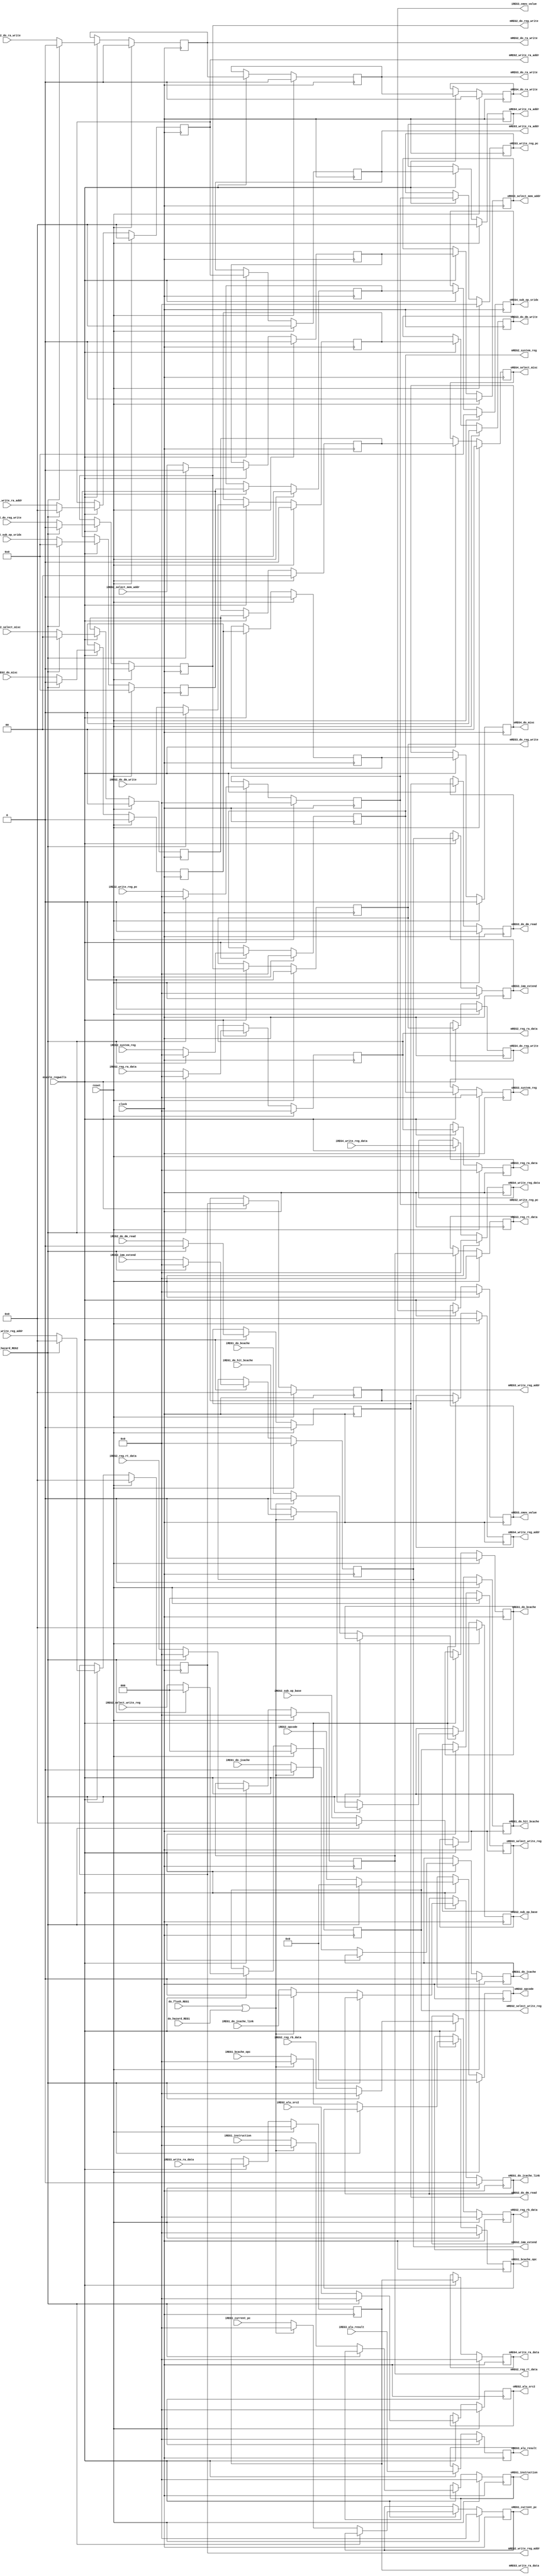
module regwalls(
	clock,
	reset,
	enable_regwalls,
	iREG1_instruction,
	oREG1_instruction,
	iREG1_current_pc,
	oREG1_current_pc,
	iREG1_do_jcache_link,
	oREG1_do_jcache_link,
	iREG1_do_jcache,
	oREG1_do_jcache,
	iREG1_bcache_opc,
	oREG1_bcache_opc,
	iREG1_do_hit_bcache,
	oREG1_do_hit_bcache,
	iREG1_do_bcache,
	oREG1_do_bcache,

	iREG2_reg_ra_data,
	mREG2_reg_ra_data,
	oREG3_reg_ra_data,
	iREG2_reg_rb_data,
	oREG2_reg_rb_data,
	iREG2_reg_rt_data,
	mREG2_reg_rt_data,
	oREG3_reg_rt_data,
	iREG2_system_reg,
	mREG2_system_reg,
	oREG3_system_reg,

	iREG2_write_reg_addr,
	mREG2_write_reg_addr,
	mREG3_write_reg_addr,
	oREG4_write_reg_addr,
	iREG2_write_ra_addr,
	mREG2_write_ra_addr,
	mREG3_write_ra_addr,
	oREG4_write_ra_addr,

	iREG2_opcode,
	iREG2_sub_op_base,
	oREG2_opcode,
	oREG2_sub_op_base,
	iREG2_sub_op_sridx,
	oREG4_sub_op_sridx,

	iREG2_select_mem_addr,
	oREG3_select_mem_addr,
	iREG2_select_write_reg,
	mREG2_select_write_reg,
	oREG3_select_write_reg,
	iREG2_select_misc,
	oREG4_select_misc,

	iREG2_do_misc,
	oREG4_do_misc,
	iREG2_do_dm_read,
	iREG2_do_dm_write,
	iREG2_do_reg_write,
	iREG2_do_ra_write,
	mREG2_do_dm_read,
	mREG2_do_reg_write,
	mREG3_do_reg_write,
	mREG2_do_ra_write,
	mREG3_do_ra_write,
	oREG3_do_dm_read,
	oREG3_do_dm_write,
	oREG4_do_reg_write,
	oREG4_do_ra_write,

	iREG2_alu_src2,
	oREG2_alu_src2,
	iREG2_imm_extend,
	mREG2_imm_extend,
	oREG3_imm_extend,

	iREG3_alu_result,
	oREG3_alu_result,

	iREG3_cmov_value,
	oREG3_cmov_value,
	iREG4_write_reg_data,
	oREG4_write_reg_data,
	iREG3_write_ra_data,
	mREG3_write_ra_data,
	oREG4_write_ra_data,

	iREG2_write_reg_pc,
	mREG2_write_reg_pc,
	oREG3_write_reg_pc,

	do_flush_REG1,
	do_hazard_REG1,
	do_hazard_REG2
);
	input  clock;
	input  reset;
	input  enable_regwalls;

	input  [31:0] iREG1_instruction;
	output [31:0] oREG1_instruction;
	reg    [31:0] oREG1_instruction;
	input  [31:0] iREG1_current_pc;
	output [31:0] oREG1_current_pc;
	reg    [31:0] oREG1_current_pc;
	input  iREG1_do_jcache_link;
	output oREG1_do_jcache_link;
	reg    oREG1_do_jcache_link;
	input  iREG1_do_jcache;
	output oREG1_do_jcache;
	reg    oREG1_do_jcache;
	input  [31:0] iREG1_bcache_opc;
	output [31:0] oREG1_bcache_opc;
	reg    [31:0] oREG1_bcache_opc;
	input  iREG1_do_hit_bcache;
	output oREG1_do_hit_bcache;
	reg    oREG1_do_hit_bcache;
	input  iREG1_do_bcache;
	output oREG1_do_bcache;
	reg    oREG1_do_bcache;

	//regfile
	input  [31:0] iREG2_reg_ra_data;
	output [31:0] mREG2_reg_ra_data;
	output [31:0] oREG3_reg_ra_data;
	reg    [31:0] mREG2_reg_ra_data;
	reg    [31:0] oREG3_reg_ra_data;

	input  [31:0] iREG2_reg_rb_data;
	output [31:0] oREG2_reg_rb_data;
	reg    [31:0] oREG2_reg_rb_data;

	input  [31:0] iREG2_reg_rt_data;
	output [31:0] mREG2_reg_rt_data;
	output [31:0] oREG3_reg_rt_data;
	reg    [31:0] mREG2_reg_rt_data;
	reg    [31:0] oREG3_reg_rt_data;

	input  [31:0] iREG2_system_reg;
	output [31:0] mREG2_system_reg;
	output [31:0] oREG3_system_reg;
	reg    [31:0] mREG2_system_reg;
	reg    [31:0] oREG3_system_reg;

	input  [ 4:0] iREG2_write_reg_addr;
	output [ 4:0] mREG2_write_reg_addr;
	output [ 4:0] mREG3_write_reg_addr;
	output [ 4:0] oREG4_write_reg_addr;
	reg    [ 4:0] mREG2_write_reg_addr;
	reg    [ 4:0] mREG3_write_reg_addr;
	reg    [ 4:0] oREG4_write_reg_addr;
	input  [ 4:0] iREG2_write_ra_addr;
	output [ 4:0] mREG2_write_ra_addr;
	output [ 4:0] mREG3_write_ra_addr;
	output [ 4:0] oREG4_write_ra_addr;
	reg    [ 4:0] mREG2_write_ra_addr;
	reg    [ 4:0] mREG3_write_ra_addr;
	reg    [ 4:0] oREG4_write_ra_addr;

	//controller
	input  [ 5:0] iREG2_opcode;
	input  [ 4:0] iREG2_sub_op_base;
	input  [ 9:0] iREG2_sub_op_sridx;
	output [ 5:0] oREG2_opcode;
	output [ 4:0] oREG2_sub_op_base;
	output [ 9:0] oREG4_sub_op_sridx;
	reg    [ 5:0] oREG2_opcode;
	reg    [ 4:0] oREG2_sub_op_base;
	reg    [ 9:0] mREG2_sub_op_sridx;
	reg    [ 9:0] mREG3_sub_op_sridx;
	reg    [ 9:0] oREG4_sub_op_sridx;

	input  iREG2_select_mem_addr;
	output oREG3_select_mem_addr;
	reg    mREG2_select_mem_addr;
	reg    oREG3_select_mem_addr;
	input  [ 2:0] iREG2_select_write_reg;
	output [ 2:0] mREG2_select_write_reg;
	output [ 2:0] oREG3_select_write_reg;
	reg    [ 2:0] mREG2_select_write_reg;
	reg    [ 2:0] oREG3_select_write_reg;
	input  [ 1:0] iREG2_select_misc;
	output [ 1:0] oREG4_select_misc;
	reg    [ 1:0] mREG2_select_misc;
	reg    [ 1:0] mREG3_select_misc;
	reg    [ 1:0] oREG4_select_misc;

	input  iREG2_do_misc;
	output oREG4_do_misc;
	input  iREG2_do_dm_read;
	input  iREG2_do_dm_write;
	input  iREG2_do_reg_write;
	input  iREG2_do_ra_write;
	output mREG2_do_dm_read;
	output mREG2_do_reg_write;
	output mREG3_do_reg_write;
	output mREG2_do_ra_write;
	output mREG3_do_ra_write;
	output oREG3_do_dm_read;
	output oREG3_do_dm_write;
	output oREG4_do_reg_write;
	output oREG4_do_ra_write;
	reg    mREG2_do_misc;
	reg    mREG3_do_misc;
	reg    oREG4_do_misc;
	reg    mREG2_do_dm_read;
	reg    mREG2_do_dm_write;
	reg    mREG2_do_reg_write;
	reg    mREG2_do_ra_write;
	reg    oREG3_do_dm_read;
	reg    oREG3_do_dm_write;
	reg    mREG3_do_reg_write;
	reg    mREG3_do_ra_write;
	reg    oREG4_do_reg_write;
	reg    oREG4_do_ra_write;

	//muxs
	input  [31:0] iREG2_alu_src2;
	output [31:0] oREG2_alu_src2;
	reg    [31:0] oREG2_alu_src2;

	input  [31:0] iREG2_imm_extend;
	output [31:0] mREG2_imm_extend;
	output [31:0] oREG3_imm_extend;
	reg    [31:0] mREG2_imm_extend;
	reg    [31:0] oREG3_imm_extend;

	//alu
	input  [31:0] iREG3_alu_result;
	output [31:0] oREG3_alu_result;
	reg    [31:0] oREG3_alu_result;
	input  [31:0] iREG3_write_ra_data;
	output [31:0] mREG3_write_ra_data;
	output [31:0] oREG4_write_ra_data;
	reg    [31:0] mREG3_write_ra_data;
	reg    [31:0] oREG4_write_ra_data;

	//muxs
	output [31:0] iREG3_cmov_value;
	output [31:0] oREG3_cmov_value;
	reg    [31:0] oREG3_cmov_value;
	input  [31:0] iREG4_write_reg_data;
	output [31:0] oREG4_write_reg_data;
	reg    [31:0] oREG4_write_reg_data;

	//pc
	input  [31:0] iREG2_write_reg_pc;
	output [31:0] mREG2_write_reg_pc;
	output [31:0] oREG3_write_reg_pc;
	reg    [31:0] mREG2_write_reg_pc;
	reg    [31:0] oREG3_write_reg_pc;

	input do_flush_REG1;
	input do_hazard_REG1;
	input do_hazard_REG2;

	always@(negedge clock)begin
		if(reset)begin
			oREG1_instruction   <=32'b0;
			oREG1_current_pc    <=32'b0;
			oREG1_do_jcache_link<= 1'b0;
			oREG1_do_jcache     <= 1'b0;
			oREG1_bcache_opc    <=32'b0;
			oREG1_do_hit_bcache <= 1'b0;
			oREG1_do_bcache     <= 1'b0;

			mREG2_reg_ra_data<=32'b0;
			oREG3_reg_ra_data<=32'b0;
			oREG2_reg_rb_data<=32'b0;
			mREG2_reg_rt_data<=32'b0;
			mREG2_system_reg <=32'b0;

			oREG2_opcode     <=6'b0;
			oREG2_sub_op_base<=5'b0;
			mREG2_sub_op_sridx<=10'b0;
			mREG3_sub_op_sridx<=10'b0;
			oREG4_sub_op_sridx<=10'b0;

			oREG2_alu_src2   <=32'b0;
			mREG2_imm_extend <=32'b0;

			mREG2_do_misc         <=1'b0;
			mREG2_do_dm_read      <=1'b0;
			mREG2_do_dm_write     <=1'b0;
			mREG2_do_reg_write    <=1'b0;
			mREG2_do_ra_write     <=1'b0;
			mREG2_write_reg_addr  <=5'b0;
			mREG2_write_ra_addr   <=5'b0;
			mREG2_select_mem_addr <=1'b0;
			mREG2_select_write_reg<=3'b0;
			mREG2_select_misc     <=2'b0;

			oREG3_reg_rt_data     <=32'b0;
			oREG3_system_reg      <=32'b0;
			oREG3_alu_result      <=32'b0;
			oREG3_cmov_value      <=32'b0;
			oREG3_imm_extend      <=32'b0;

			mREG3_do_misc         <=1'b0;
			oREG3_do_dm_read      <=1'b0;
			oREG3_do_dm_write     <=1'b0;
			mREG3_do_reg_write    <=1'b0;
			mREG3_do_ra_write     <=1'b0;
			mREG3_write_reg_addr  <=5'b0;
			mREG3_write_ra_addr   <=5'b0;
			mREG3_write_ra_data   <=32'b0;
			oREG3_select_mem_addr <=1'b0;
			oREG3_select_write_reg<=3'b0;
			mREG3_select_misc     <=2'b0;

			oREG4_do_misc       <=1'b0;
			oREG4_do_reg_write  <=1'b0;
			oREG4_do_ra_write   <=1'b0;
			oREG4_write_reg_addr<=5'b0;
			oREG4_write_ra_addr <=5'b0;
			oREG4_write_reg_data<=32'b0;
			oREG4_write_ra_data <=32'b0;
			oREG4_select_misc   <= 2'b0;

			mREG2_write_reg_pc <= 32'b0;
			oREG3_write_reg_pc <= 32'b0;
		end
		else if(enable_regwalls)begin
			if(do_hazard_REG2)begin
				oREG1_instruction   <=oREG1_instruction;
				oREG1_current_pc    <=oREG1_current_pc;
				oREG1_do_jcache_link<=oREG1_do_jcache_link;
				oREG1_do_jcache     <=oREG1_do_jcache;
				oREG1_bcache_opc    <=oREG1_bcache_opc;
				oREG1_do_hit_bcache <=oREG1_do_hit_bcache;
				oREG1_do_bcache     <=oREG1_do_bcache;
			end
			else if(do_flush_REG1||do_hazard_REG1)begin
				oREG1_instruction   <=32'b0;
				oREG1_current_pc    <=32'b0;
				oREG1_do_jcache_link<= 1'b0;
				oREG1_do_jcache     <= 1'b0;
				oREG1_bcache_opc    <=32'b0;
				oREG1_do_hit_bcache <= 1'b0;
				oREG1_do_bcache     <= 1'b0;
			end
			else begin
				oREG1_instruction   <=iREG1_instruction;
				oREG1_current_pc    <=iREG1_current_pc;
				oREG1_do_jcache_link<=iREG1_do_jcache_link;
				oREG1_do_jcache     <=iREG1_do_jcache;
				oREG1_bcache_opc    <=iREG1_bcache_opc;
				oREG1_do_hit_bcache <=iREG1_do_hit_bcache;
				oREG1_do_bcache     <=iREG1_do_bcache;
			end

			if(do_hazard_REG2)begin
				mREG2_reg_ra_data<=32'b0;
				oREG2_reg_rb_data<=32'b0;
				mREG2_reg_rt_data<=32'b0;
				mREG2_system_reg <=32'b0;

				oREG2_opcode     <=6'b0;
				oREG2_sub_op_base<=5'b0;
				mREG2_sub_op_sridx<=10'b0;

				oREG2_alu_src2   <=32'b0;
				mREG2_imm_extend <=32'b0;

				mREG2_do_misc         <=1'b0;
				mREG2_do_dm_read      <=1'b0;
				mREG2_do_dm_write     <=1'b0;
				mREG2_do_reg_write    <=1'b0;
				mREG2_do_ra_write     <=1'b0;
				mREG2_write_reg_addr  <=5'b0;
				mREG2_write_ra_addr   <=5'b0;
				mREG2_select_mem_addr <=1'b0;
				mREG2_select_write_reg<=3'b0;
				mREG2_select_misc     <=2'b0;

				mREG2_write_reg_pc <= 32'b0;
			end
			else begin
				mREG2_reg_ra_data<=iREG2_reg_ra_data;
				oREG2_reg_rb_data<=iREG2_reg_rb_data;
				mREG2_reg_rt_data<=iREG2_reg_rt_data;
				mREG2_system_reg <=iREG2_system_reg;

				oREG2_opcode     <=iREG2_opcode;
				oREG2_sub_op_base<=iREG2_sub_op_base;
				mREG2_sub_op_sridx<=iREG2_sub_op_sridx;

				oREG2_alu_src2        <=iREG2_alu_src2;
				mREG2_imm_extend      <=iREG2_imm_extend;

				mREG2_do_misc         <=iREG2_do_misc;
				mREG2_do_dm_read      <=iREG2_do_dm_read;
				mREG2_do_dm_write     <=iREG2_do_dm_write;
				mREG2_do_reg_write    <=iREG2_do_reg_write;
				mREG2_do_ra_write     <=iREG2_do_ra_write;
				mREG2_write_reg_addr  <=iREG2_write_reg_addr;
				mREG2_write_ra_addr   <=iREG2_write_ra_addr;
				mREG2_select_mem_addr <=iREG2_select_mem_addr;
				mREG2_select_write_reg<=iREG2_select_write_reg;
				mREG2_select_misc     <=iREG2_select_misc;

				mREG2_write_reg_pc <= iREG2_write_reg_pc;
			end

			oREG3_reg_ra_data     <=mREG2_reg_ra_data;
			oREG3_reg_rt_data     <=mREG2_reg_rt_data;
			oREG3_system_reg      <=mREG2_system_reg;
			oREG3_alu_result      <=iREG3_alu_result;
			oREG3_cmov_value      <=iREG3_cmov_value;
			oREG3_imm_extend      <=mREG2_imm_extend;
			mREG3_sub_op_sridx    <=mREG2_sub_op_sridx;

			mREG3_do_misc         <=mREG2_do_misc;
			oREG3_do_dm_read      <=mREG2_do_dm_read;
			oREG3_do_dm_write     <=mREG2_do_dm_write;
			mREG3_do_reg_write    <=mREG2_do_reg_write;
			mREG3_do_ra_write     <=mREG2_do_ra_write;
			mREG3_write_reg_addr  <=mREG2_write_reg_addr;
			mREG3_write_ra_addr   <=mREG2_write_ra_addr;
			mREG3_write_ra_data   <=iREG3_write_ra_data;
			oREG3_select_mem_addr <=mREG2_select_mem_addr;
			oREG3_select_write_reg<=mREG2_select_write_reg;
			mREG3_select_misc     <=mREG2_select_misc;

			oREG3_write_reg_pc <= mREG2_write_reg_pc;

			oREG4_sub_op_sridx  <=mREG3_sub_op_sridx;
			oREG4_do_misc       <=mREG3_do_misc;
			oREG4_do_reg_write  <=mREG3_do_reg_write;
			oREG4_do_ra_write   <=mREG3_do_ra_write;
			oREG4_write_reg_addr<=mREG3_write_reg_addr;
			oREG4_write_ra_addr <=mREG3_write_ra_addr;
			oREG4_write_reg_data<=iREG4_write_reg_data;
			oREG4_write_ra_data <=mREG3_write_ra_data;
			oREG4_select_misc   <=mREG3_select_misc;
		end
	end
endmodule